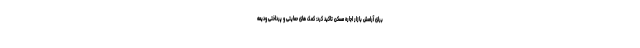
برای آرامش بازار اجاره مسکن تاکید کرد: کمک های حمایتی و پرداختی ودیعه